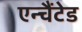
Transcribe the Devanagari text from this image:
एन्चैंटेड